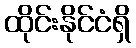
ထိုင်းနိုင်ငံရှိ